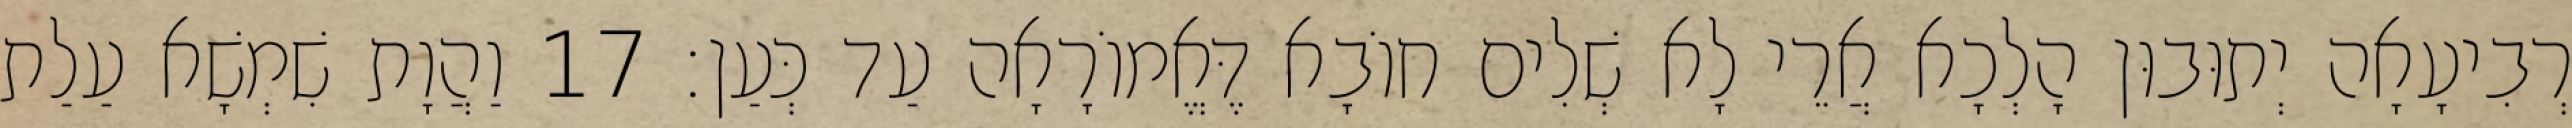
רְבִיעָאָה יְתוּבוּן הָלְכָא אֲרֵי לָא שְׁלִים חוֹבָא דֶּאֱמוֹרָאָה עַד כְּעַן׃ 17 וַהֲוָת שִׁמְשָׁא עַלַת